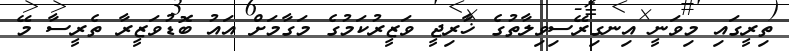
ތިރީގައި މިވަނީ އިނގިރޭސިވިލާތުގެ ޚާރިޖީ ވަޒީރުކަމުގެ މަގާމަށް އައު ބޮޑުވަޒީރާ ތެރީސާ މޭ